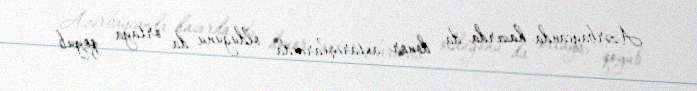
Azərbaycanda hazırda da donor axtarışlarında olduğunu da ortaya qoyub.